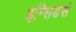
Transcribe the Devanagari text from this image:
इन्सिडेर्स